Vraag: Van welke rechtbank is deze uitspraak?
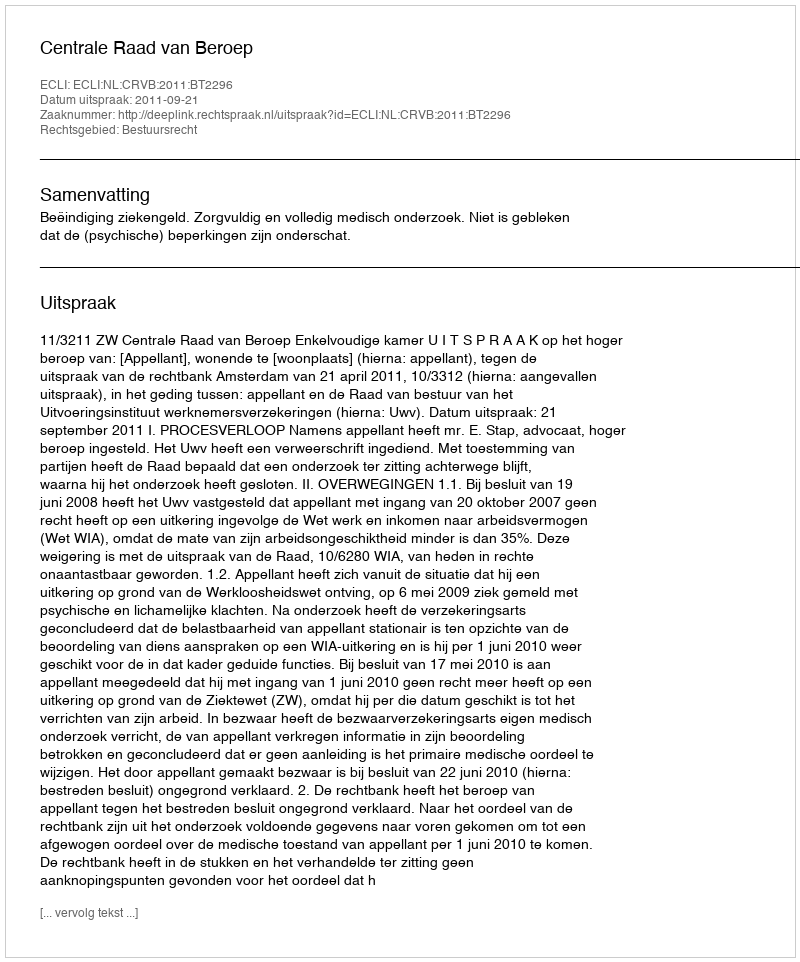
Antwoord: Centrale Raad van Beroep